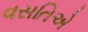
વસતિએ